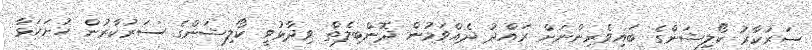
ސަރުކާރު ކޯލިޝަންގެ ބައިވެރިންނަށް ރައްދު ދެއްވަމުން ދޮންބިލެތް ވިދާޅުވީ ކޯލިޝަންގެ ސަރުކާރުން ހުށަހަޅާ